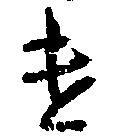
け